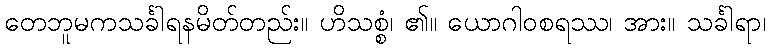
တေဘူမကသင်္ခါရနမိတ်တည်း။ ဟိသစ္စံ၊ ၏။ ယောဂါဝစရဿ၊ အား။ သင်္ခါရာ၊